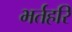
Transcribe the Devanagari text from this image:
भर्तहरि